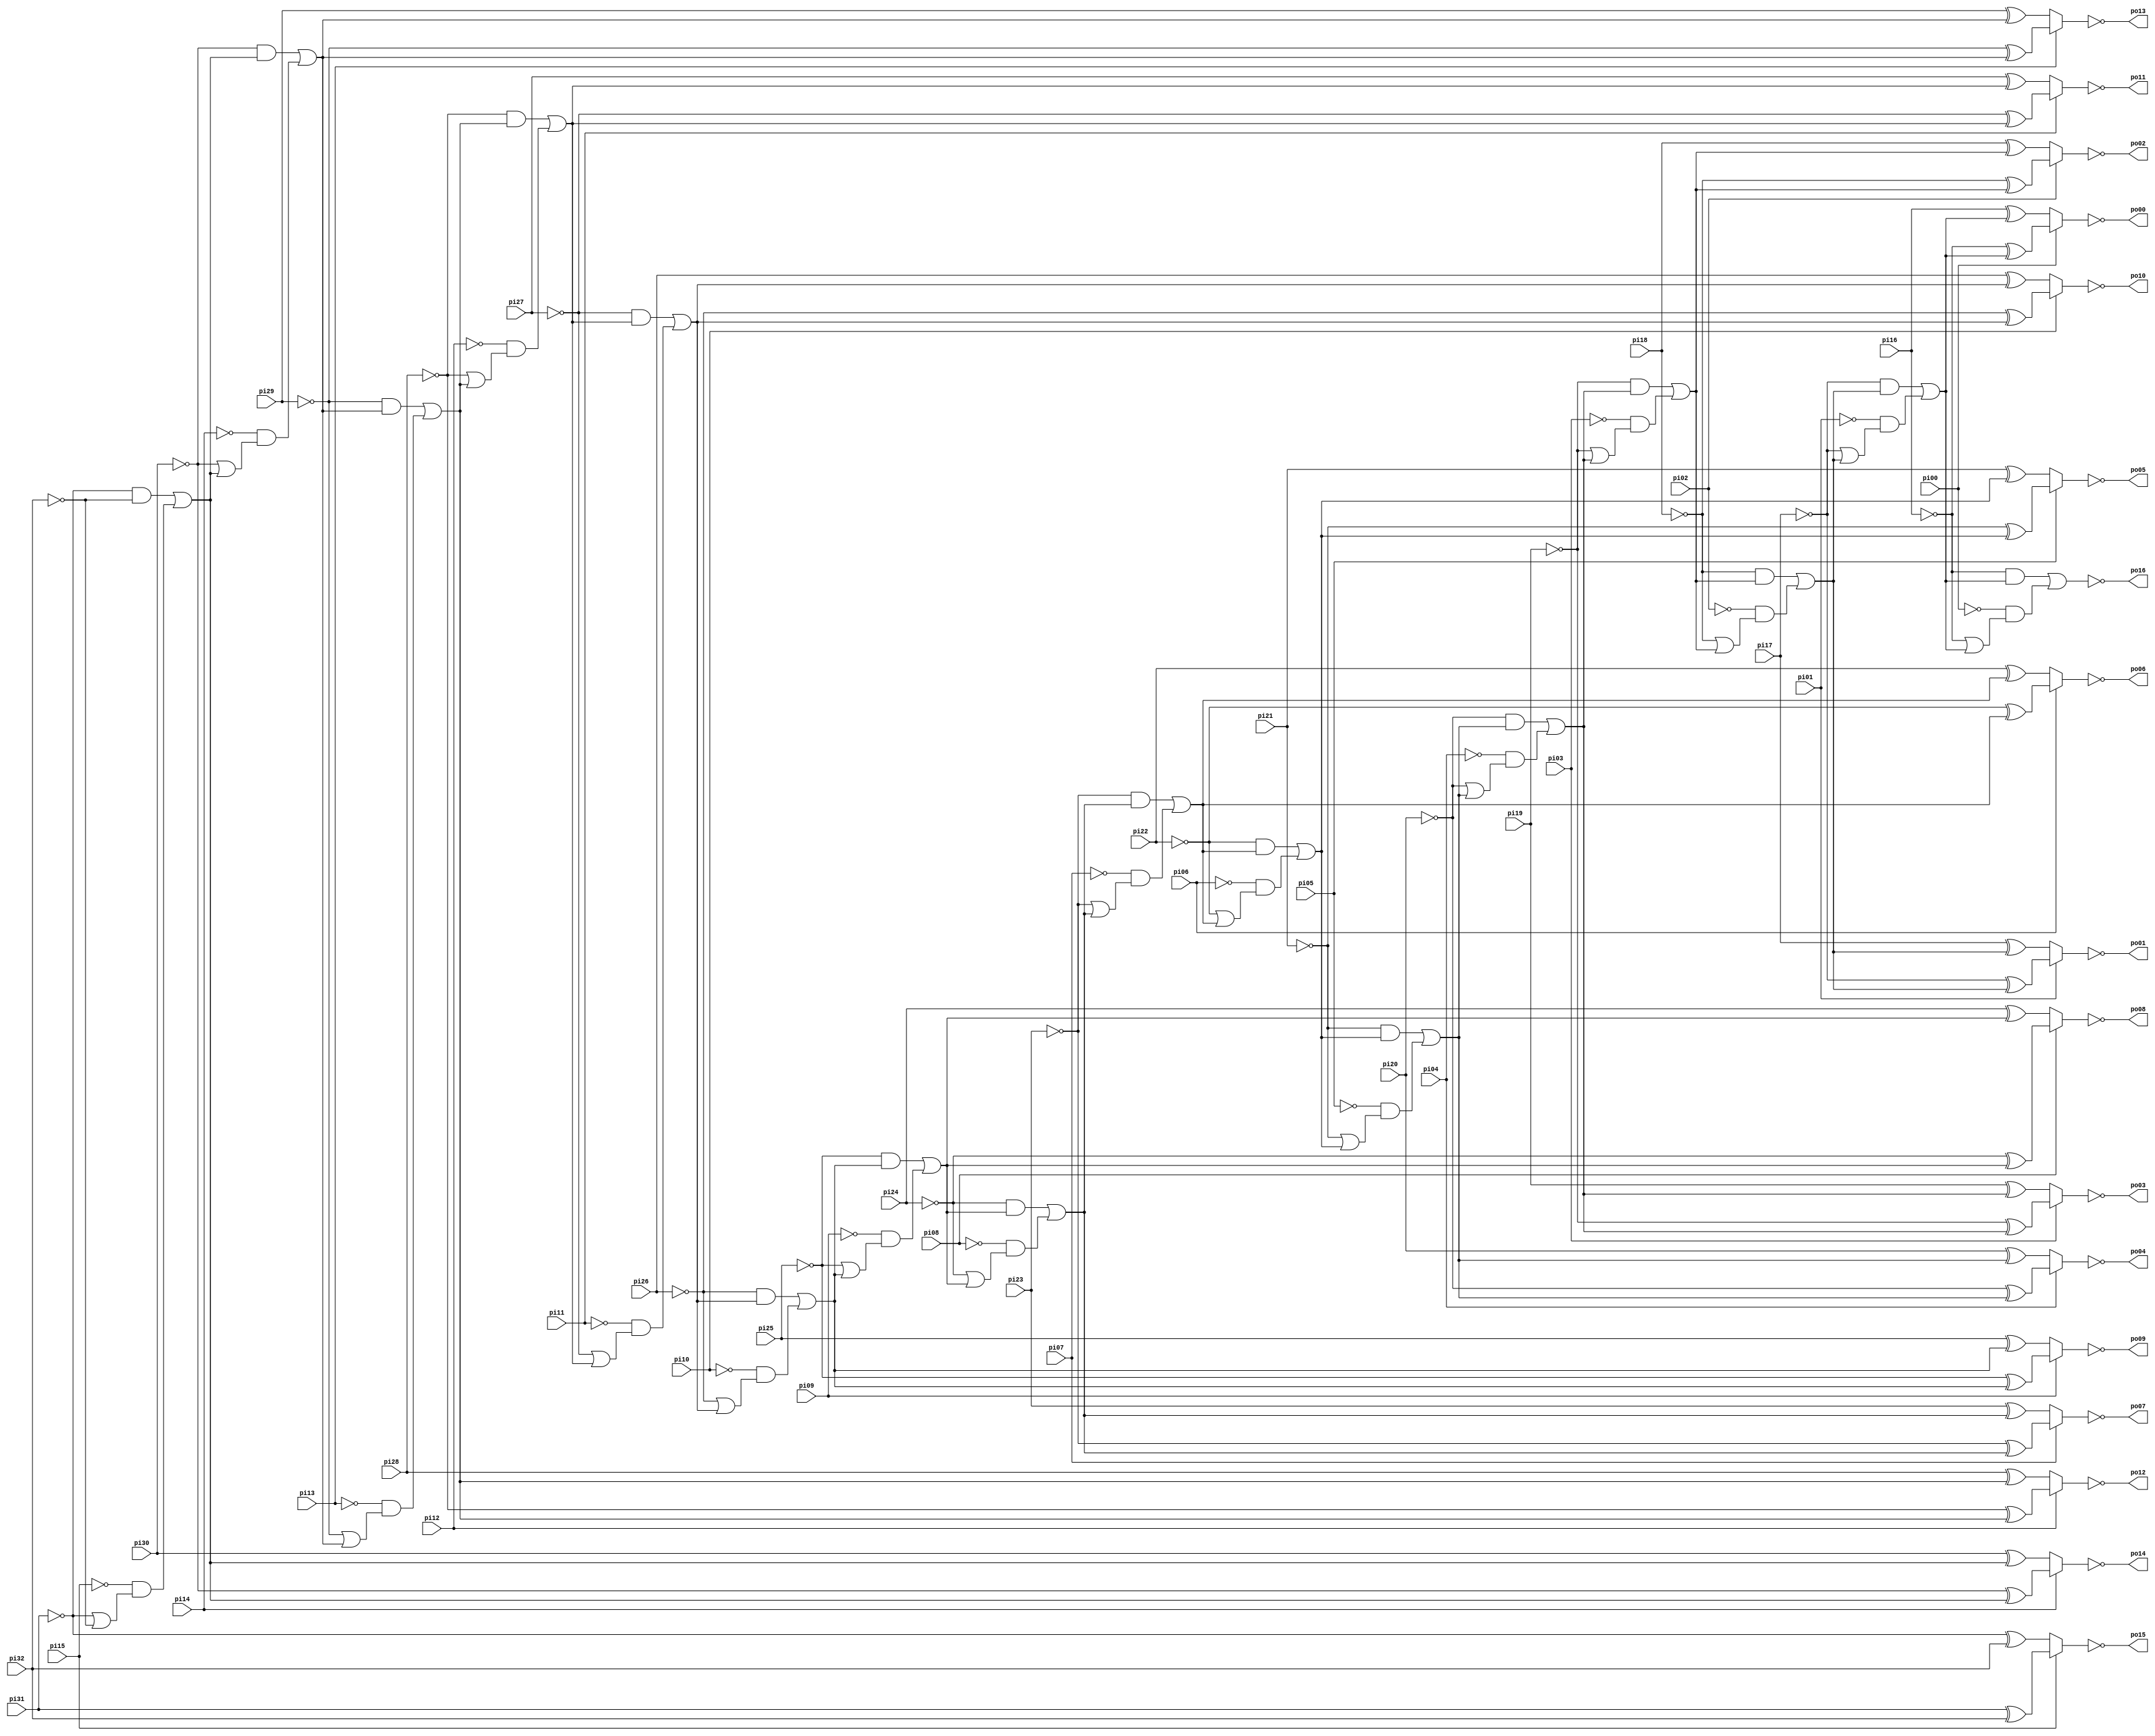
// Benchmark "ADDERFDS" written by ABC on Thu Mar 19 13:02:36 2020

module ADDERFDS ( 
    pi00, pi01, pi02, pi03, pi04, pi05, pi06, pi07, pi08, pi09, pi10, pi11,
    pi12, pi13, pi14, pi15, pi16, pi17, pi18, pi19, pi20, pi21, pi22, pi23,
    pi24, pi25, pi26, pi27, pi28, pi29, pi30, pi31, pi32,
    po00, po01, po02, po03, po04, po05, po06, po07, po08, po09, po10, po11,
    po12, po13, po14, po15, po16  );
  input  pi00, pi01, pi02, pi03, pi04, pi05, pi06, pi07, pi08, pi09,
    pi10, pi11, pi12, pi13, pi14, pi15, pi16, pi17, pi18, pi19, pi20, pi21,
    pi22, pi23, pi24, pi25, pi26, pi27, pi28, pi29, pi30, pi31, pi32;
  output po00, po01, po02, po03, po04, po05, po06, po07, po08, po09, po10,
    po11, po12, po13, po14, po15, po16;
  wire new_n68_, new_n69_, new_n70_, new_n71_, new_n72_, new_n73_, new_n74_,
    new_n75_, new_n76_, new_n77_, new_n78_, new_n79_, new_n80_, new_n81_,
    new_n82_, new_n83_, new_n84_, new_n85_, new_n86_, new_n87_, new_n88_,
    new_n89_, new_n90_, new_n91_, new_n92_, new_n93_, new_n94_, new_n95_,
    new_n96_, new_n97_, new_n98_, new_n99_;
  assign po00 = ~new_n68_;
  assign po01 = ~new_n69_;
  assign po02 = ~new_n70_;
  assign po03 = ~new_n71_;
  assign po04 = ~new_n72_;
  assign po05 = ~new_n73_;
  assign po06 = ~new_n74_;
  assign po07 = ~new_n75_;
  assign po08 = ~new_n76_;
  assign po09 = ~new_n77_;
  assign po10 = ~new_n78_;
  assign po11 = ~new_n79_;
  assign po12 = ~new_n80_;
  assign po13 = ~new_n81_;
  assign po14 = ~new_n82_;
  assign po15 = ~new_n83_;
  assign po16 = ~new_n84_;
  assign new_n68_ = pi00 ? (~pi16 ^ new_n99_) : (pi16 ^ new_n99_);
  assign new_n69_ = pi01 ? (~pi17 ^ new_n98_) : (pi17 ^ new_n98_);
  assign new_n70_ = pi02 ? (~pi18 ^ new_n97_) : (pi18 ^ new_n97_);
  assign new_n71_ = pi03 ? (~pi19 ^ new_n96_) : (pi19 ^ new_n96_);
  assign new_n72_ = pi04 ? (~pi20 ^ new_n95_) : (pi20 ^ new_n95_);
  assign new_n73_ = pi05 ? (~pi21 ^ new_n94_) : (pi21 ^ new_n94_);
  assign new_n74_ = pi06 ? (~pi22 ^ new_n93_) : (pi22 ^ new_n93_);
  assign new_n75_ = pi07 ? (~pi23 ^ new_n92_) : (pi23 ^ new_n92_);
  assign new_n76_ = pi08 ? (~pi24 ^ new_n91_) : (pi24 ^ new_n91_);
  assign new_n77_ = pi09 ? (~pi25 ^ new_n90_) : (pi25 ^ new_n90_);
  assign new_n78_ = pi10 ? (~pi26 ^ new_n89_) : (pi26 ^ new_n89_);
  assign new_n79_ = pi11 ? (~pi27 ^ new_n88_) : (pi27 ^ new_n88_);
  assign new_n80_ = pi12 ? (~pi28 ^ new_n87_) : (pi28 ^ new_n87_);
  assign new_n81_ = pi13 ? (~pi29 ^ new_n86_) : (pi29 ^ new_n86_);
  assign new_n82_ = pi14 ? (~pi30 ^ new_n85_) : (pi30 ^ new_n85_);
  assign new_n83_ = pi15 ? (pi31 ^ pi32) : (~pi31 ^ pi32);
  assign new_n84_ = (~pi16 & new_n99_) | (~pi00 & (~pi16 | new_n99_));
  assign new_n85_ = (~pi31 & ~pi32) | (~pi15 & (~pi31 | ~pi32));
  assign new_n86_ = (~pi30 & new_n85_) | (~pi14 & (~pi30 | new_n85_));
  assign new_n87_ = (~pi29 & new_n86_) | (~pi13 & (~pi29 | new_n86_));
  assign new_n88_ = (~pi28 & new_n87_) | (~pi12 & (~pi28 | new_n87_));
  assign new_n89_ = (~pi27 & new_n88_) | (~pi11 & (~pi27 | new_n88_));
  assign new_n90_ = (~pi26 & new_n89_) | (~pi10 & (~pi26 | new_n89_));
  assign new_n91_ = (~pi25 & new_n90_) | (~pi09 & (~pi25 | new_n90_));
  assign new_n92_ = (~pi24 & new_n91_) | (~pi08 & (~pi24 | new_n91_));
  assign new_n93_ = (~pi23 & new_n92_) | (~pi07 & (~pi23 | new_n92_));
  assign new_n94_ = (~pi22 & new_n93_) | (~pi06 & (~pi22 | new_n93_));
  assign new_n95_ = (~pi21 & new_n94_) | (~pi05 & (~pi21 | new_n94_));
  assign new_n96_ = (~pi20 & new_n95_) | (~pi04 & (~pi20 | new_n95_));
  assign new_n97_ = (~pi19 & new_n96_) | (~pi03 & (~pi19 | new_n96_));
  assign new_n98_ = (~pi18 & new_n97_) | (~pi02 & (~pi18 | new_n97_));
  assign new_n99_ = (~pi17 & new_n98_) | (~pi01 & (~pi17 | new_n98_));
endmodule